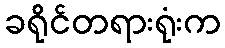
ခရိုင်တရားရုံးက